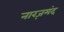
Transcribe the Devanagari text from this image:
नारज़मंद